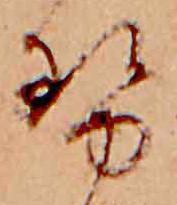
せ